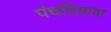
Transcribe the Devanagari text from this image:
पंचविसावा